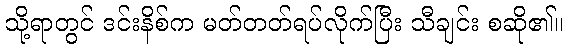
သို့ရာတွင် ဒင်းနိစ်က မတ်တတ်ရပ်လိုက်ပြီး သီချင်း စဆို၏။